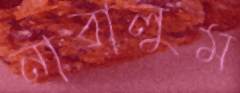
নাবালুম